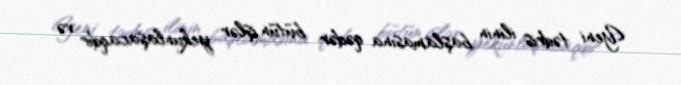
Yeni tədris ilinin başlamasına qədər bütün işlər yekunlaşacaqdır və